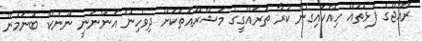
ރާއްޖޭގެ ފަޅުތައް ހިއްކައިގެން ކުރާ ތަރައްގީގެ މަޝްރޫއުތަކަށް ދިވެހިން އަންނަނީ ނޫނެކޭ ބުނަމުން